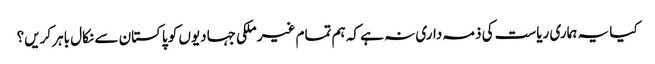
کیا یہ ہماری ریاست کی ذمہ داری نہ ہے کہ ہم تمام غیر ملکی جہادیوں کو پاکستان سے نکال باہر کریں؟